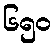
၆၅၀